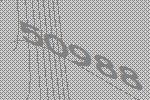
50988